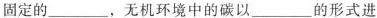
固定的___，无机环境中的碳以___的形式进